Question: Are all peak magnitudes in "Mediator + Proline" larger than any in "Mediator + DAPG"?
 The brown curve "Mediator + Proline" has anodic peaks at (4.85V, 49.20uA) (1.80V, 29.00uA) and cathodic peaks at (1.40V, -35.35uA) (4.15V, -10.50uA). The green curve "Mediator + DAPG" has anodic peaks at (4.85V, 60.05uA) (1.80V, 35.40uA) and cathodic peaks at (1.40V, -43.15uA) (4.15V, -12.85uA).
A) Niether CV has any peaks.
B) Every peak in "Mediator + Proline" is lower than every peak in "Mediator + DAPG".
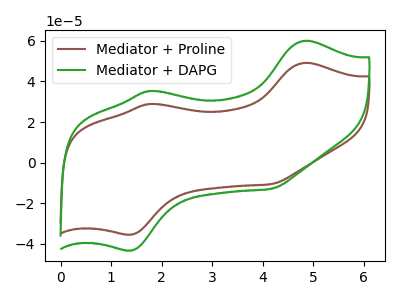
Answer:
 <answer>B) Every peak in "Mediator + Proline" is lower than every peak in "Mediator + DAPG".</answer>
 <eval>B</eval>